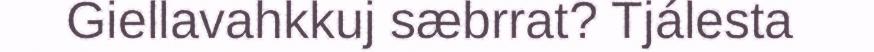
Giellavahkkuj sæbrrat? Tjálesta